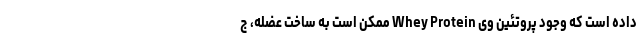
داده است که وجود پروتئین وی Whey Protein ممکن است به ساخت عضله، ج